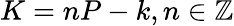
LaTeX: K=nP-k,n\in\mathbb{Z}